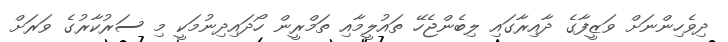
ދިވެހިންނަށް ވަޒީފާގެ ދާއިރާގައި ލިބެންޖެހޭ ތައުލީމާއި ތަމްރީން ހޯދައިދިނުމަކީ މި ސަރުކާރުގެ ވަރަށް